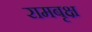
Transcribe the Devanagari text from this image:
रामबृक्ष